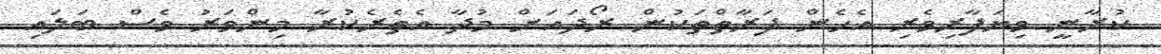
ކުރާނީ ވިޔަފާރިވެރި އެހެން ފަރާތްތަކުން ރޯދައަށް މުދާ އެތެރެކުރާ މިންވަރު ވެސް ބަލައި